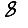
Digit: 8